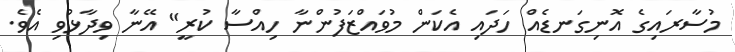
މުސާރައިގެ އޮނިގަނޑެއް ހަދައި އެކަން މުވައްޒަފުންނާ ހިއްސާ ކުރީ" އޭނާ ވިދާޅުވި އެވެ.